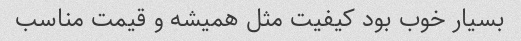
بسیار خوب بود کیفیت مثل همیشه و قیمت مناسب